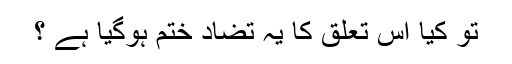
تو کیا اس تعلق کا یہ تضاد ختم ہوگیا ہے ؟